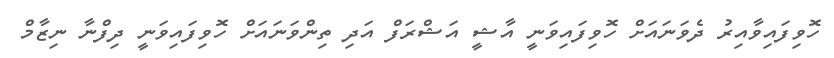
ހޮވިފައިވާއިރު ދެވަނައަށް ހޮވިފައިވަނީ އާޝީ އަޝްރަފް އަދި ތިންވަނައަށް ހޮވިފައިވަނީ ދިފްނާ ނިޒާމް